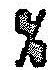
%